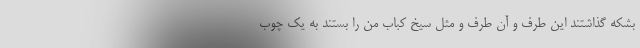
بشکه گذاشتند این طرف و آن طرف و مثل سیخ کباب من را بستند به یک چوب